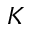
K